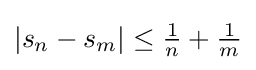
|s_{n}-s_{m}|\leq {\tfrac {1}{n}}+{\tfrac {1}{m}}